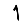
Digit: 1